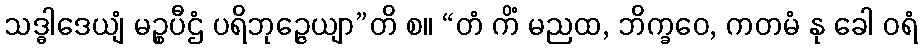
သဒ္ဓါဒေယျံ မဉ္စပီဌံ ပရိဘုဉ္ဇေယျာ”တိ စ။ “တံ ကိံ မညထ, ဘိက္ခဝေ, ကတမံ နု ခေါ ဝရံ